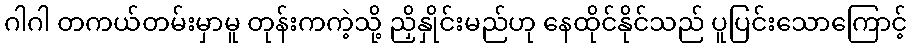
ဂါဂါ တကယ်တမ်းမှာမူ တုန်းကကဲ့သို့ ညှိနှိုင်းမည်ဟု နေထိုင်နိုင်သည် ပူပြင်းသောကြောင့်